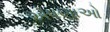
એષણાઓ